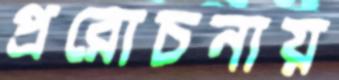
প্ররোচনায়